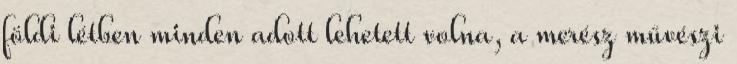
földi létben minden adott lehetett volna, a merész művészi